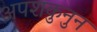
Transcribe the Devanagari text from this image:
अपशकुनुन